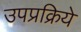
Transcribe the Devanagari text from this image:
उपप्रक्रिये